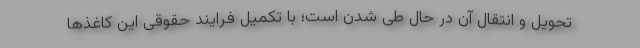
تحویل و انتقال آن در حال طی شدن است؛ با تکمیل فرایند حقوقی این کاغذها